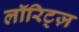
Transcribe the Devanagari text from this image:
लॉरिट्ज़